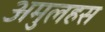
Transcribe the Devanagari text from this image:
अमुलहस